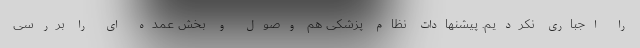
را اجباری نکردیم. پیشنهادات نظام پزشکی هم وصول و بخش عمده ای را بررسی